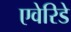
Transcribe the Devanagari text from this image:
एवेरिडे